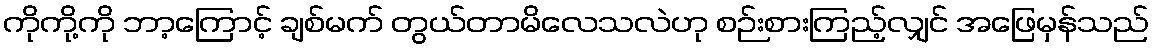
ကိုကို့ကို ဘာ့ကြောင့် ချစ်မက် တွယ်တာမိလေသလဲဟု စဉ်းစားကြည့်လျှင် အဖြေမှန်သည်